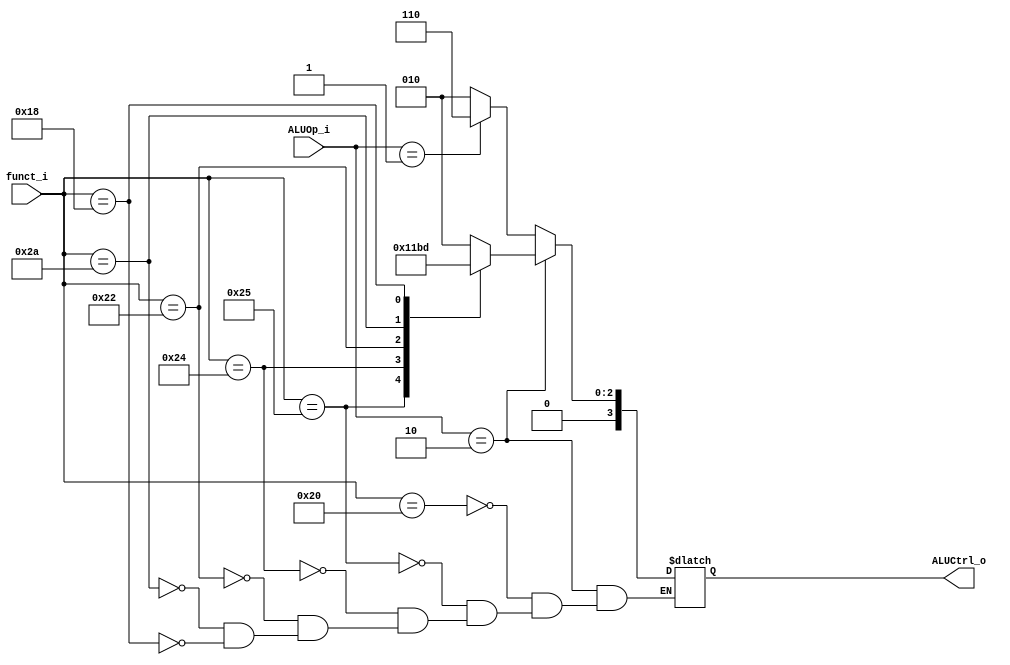
//Subject:     CO project 2 - ALU Controller
//--------------------------------------------------------------------------------
//Version:     1
//--------------------------------------------------------------------------------
//Writer:      
//----------------------------------------------
//Date:        
//----------------------------------------------
//Description: 
//--------------------------------------------------------------------------------

module ALU_Ctrl(
          funct_i,
          ALUOp_i,
          ALUCtrl_o
          );
          
//I/O ports 
input      [6-1:0] funct_i;
input      [3-1:0] ALUOp_i;

output     [4-1:0] ALUCtrl_o;    
     
//Internal Signals
reg        [4-1:0] ALUCtrl_o;

//ALUOP :
//R-type	010
//addi		100
//lw,sw		000
//beq		001
//Parameter

       
//Select exact operation
always@(*)
begin
	if(ALUOp_i == 3'b010)
	begin
		case(funct_i)
			6'b100000 : ALUCtrl_o <= 4'b0010; //add
			6'b100101 : ALUCtrl_o <= 4'b0001; //or
			6'b100100 : ALUCtrl_o <= 4'b0000; //and
			6'b100010 : ALUCtrl_o <= 4'b0110; //sub
			6'b101010 : ALUCtrl_o <= 4'b0111; //slt
			6'b011000 : ALUCtrl_o <= 4'b0101; //mult
		endcase
	end
	else if(ALUOp_i == 3'b001)
		ALUCtrl_o <= 4'b0110;
	else
		ALUCtrl_o <= 4'b0010;
end
endmodule